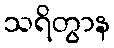
သရိတွာန